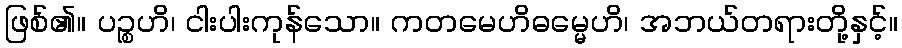
ဖြစ်၏။ ပဉ္စဟိ၊ ငါးပါးကုန်သော။ ကတမေဟိဓမ္မေဟိ၊ အဘယ်တရားတို့နှင့်။